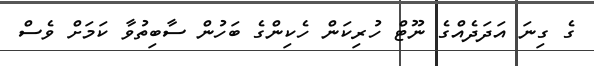
ގެ ގިނަ އަދަދެއްގެ ނޫޓް ހުރިކަން ހެކިންގެ ބަހުން ސާބިތުވާ ކަމަށް ވެސް